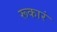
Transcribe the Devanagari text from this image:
रूकारं